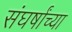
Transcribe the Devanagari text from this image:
संघर्षांच्या